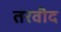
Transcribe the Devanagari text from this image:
तरवीद